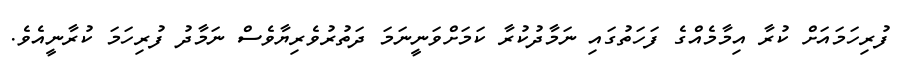
ފުރިހަމައަށް ކުރާ އިމާމެއްގެ ފަހަތުގައި ނަމާދުކުރާ ކަމަށްވަނީނަމަ ދަތުރުވެރިޔާވެސް ނަމާދު ފުރިހަމަ ކުރާނީއެވެ.